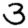
Digit: 3